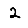
Digit: 2